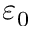
\varepsilon _ { 0 }